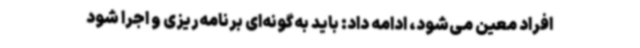
افراد معین می‌شود، ادامه داد: باید به‌گونه‌ای برنامه‌ریزی و اجرا شود